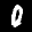
Label: 0